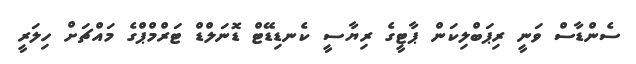
ސެންޑާސް ވަނީ ރިޕަބްލިކަން ޕާޓީގެ ރިޔާސީ ކެނޑިޑޭޓް ޑޮނަލްޑް ޓަރްމްޕްގެ މައްޗަށް ހިލަރީ